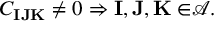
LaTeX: C _ { \mathbf { I J K } } \neq 0 \Rightarrow \mathbf { I , J , K \in } \mathcal { A } .